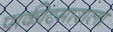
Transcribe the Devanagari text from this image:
पाकीटमाराला